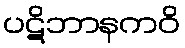
ပဋိဘာနကဝိ